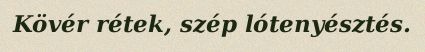
Kövér rétek, szép lótenyésztés.